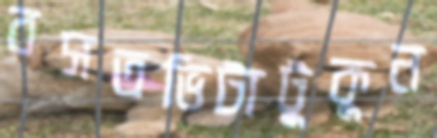
বসতভিটাটুকুন